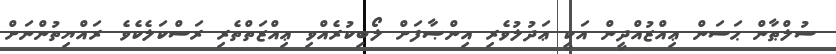
ސުލްޠާން ޙަސަން ޢިއްޒުއްދީން އަކީ ޢަދުލުވެރި އިންޞާފަށް ލޯބިކުރެއްވި ޢިއްޒަތްތެރި ރަސްކަލެކެވެ. ރައްޔިތުންނަށް